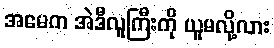
အမေက အဲဒီလူကြီးကို ယူမလို့လား